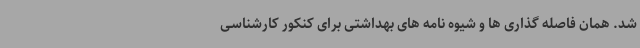
شد. همان فاصله گذاری ها و شیوه نامه های بهداشتی برای کنکور کارشناسی